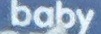
baby